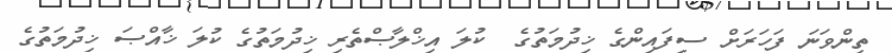
ތިންވަނަ ފަހަރަށް ސިފައިންގެ ޚިދުމަތުގެ  ކުލަ އިޚްލާޞްތެރި ޚިދުމަތުގެ ކުލަ ޚާއްޞަ ޚިދުމަތުގެ